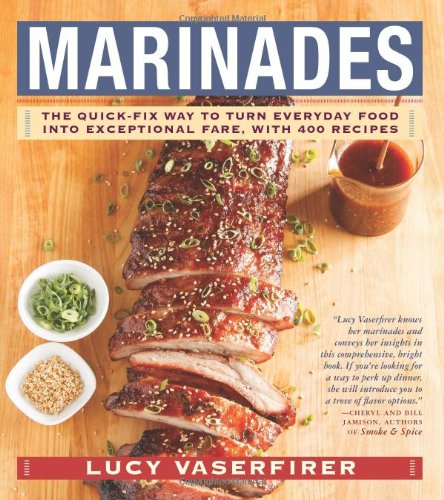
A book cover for Marinades: The Quick-Fix Way to Turn Everyday Food Into Exceptional Fare, with 400 Recipes; Lucy Vaserfirer; Cookbooks, Food & Wine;